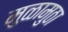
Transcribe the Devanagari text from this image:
मुळामुठा